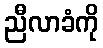
ညီလာခံကို